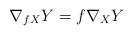
LaTeX: \begin{align*}\nabla_{fX}Y=f\nabla_XY\end{align*}